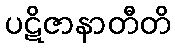
ပဋိဇာနာတီတိ